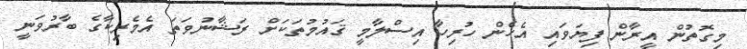
މިގޮތުން އީރާން ފިޔަވައި އެހެން ހުރިހާ އިސްލާމީ ޤައުމުތަކަށް ރަޝާނުވަތަ އެމެރިކާގެ ބާރުވަނީ